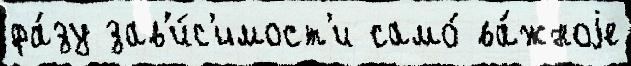
фа́зу зав'и́с'имост'и само́ ва́жноjе